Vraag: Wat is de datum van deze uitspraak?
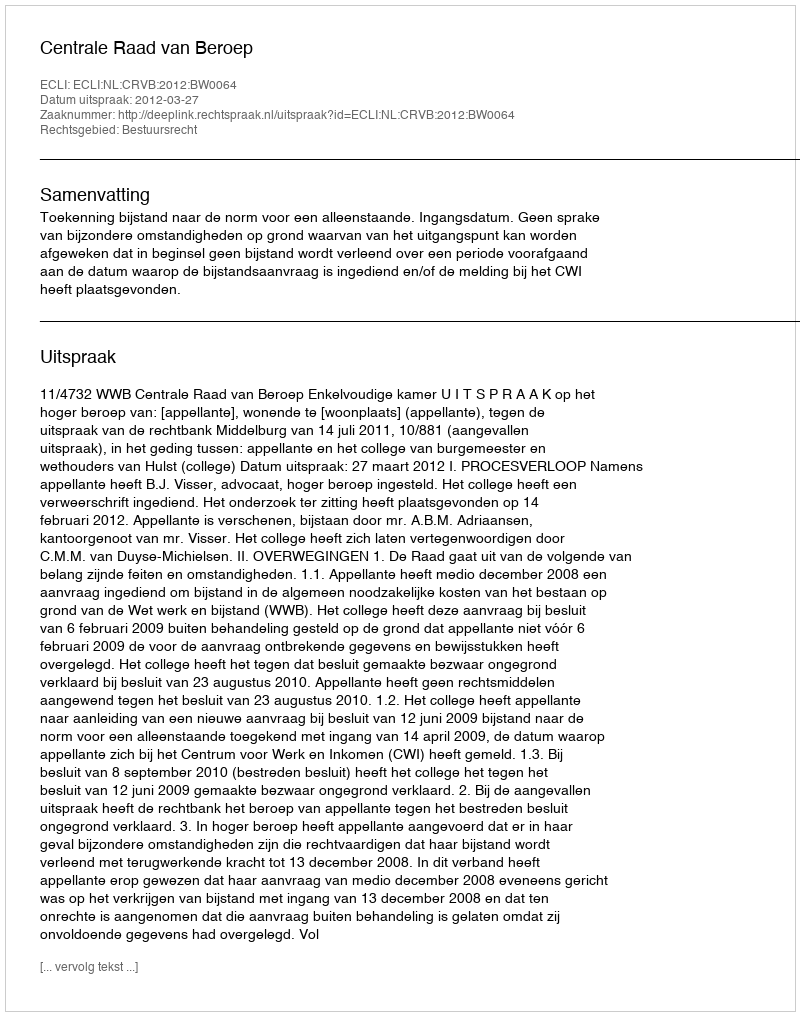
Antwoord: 2012-03-27